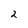
Character: 2